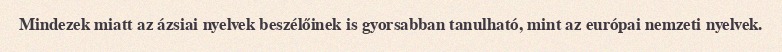
Mindezek miatt az ázsiai nyelvek beszélőinek is gyorsabban tanulható, mint az európai nemzeti nyelvek.